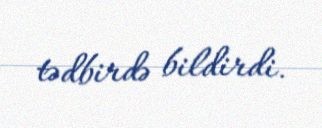
tədbirdə bildirdi.